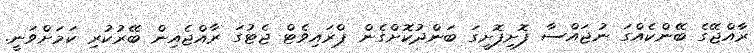
ރާއްޖޭގެ ބޭންކެއްގަ ނުޖައްސާ ފޮށިފޮށީގަ ބަންދުކޮށްގެން ޕްރައިވެޓް ޖެޓުގަ ރާއްޖެއިން ބޭރުކުރި ކަމަށްވަނީ.